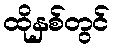
ထိုနှစ်တွင်